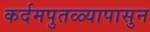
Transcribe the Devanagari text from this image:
कर्दमपुतळ्यापासुन